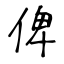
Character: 俾